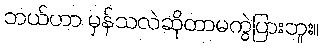
ဘယ်ဟာ မှန်သလဲဆိုတာမကွဲပြားဘူး။